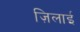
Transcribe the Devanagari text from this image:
ज़िलाई